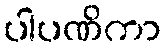
ပါပဏိကာ